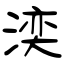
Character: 湙